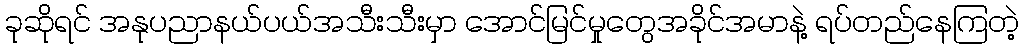
ခုဆိုရင် အနုပညာနယ်ပယ်အသီးသီးမှာ အောင်မြင်မှုတွေအခိုင်အမာနဲ့ ရပ်တည်နေကြတဲ့